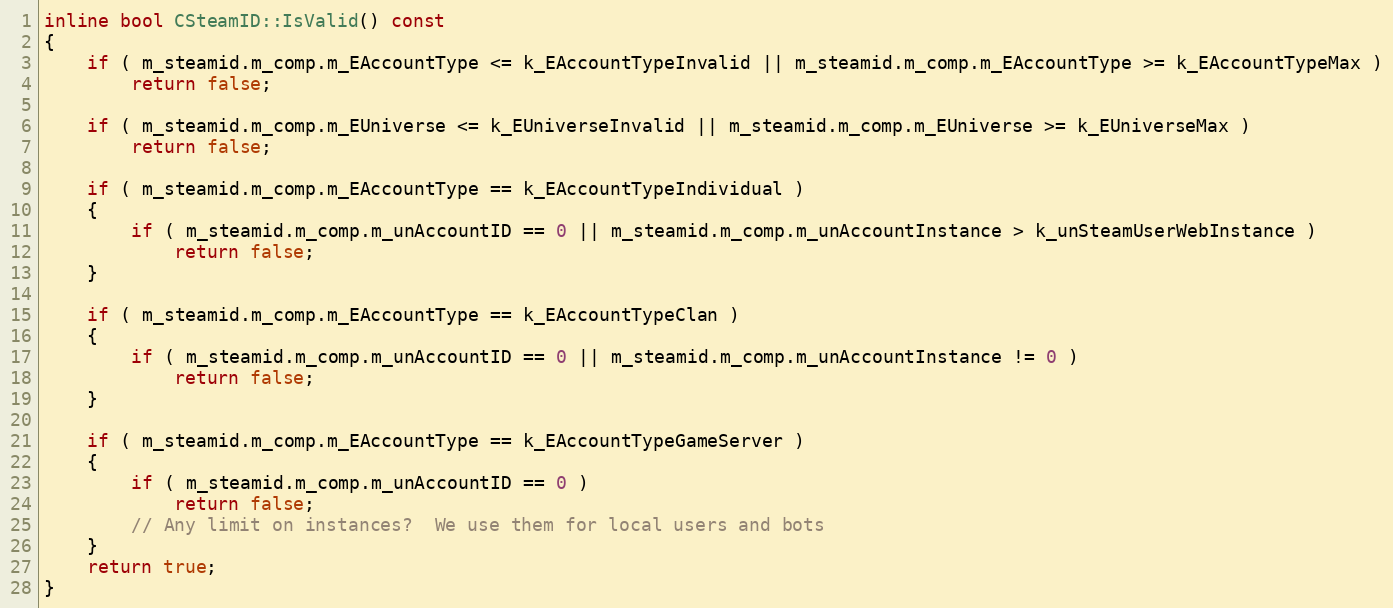
Language: C
inline bool CSteamID::IsValid() const
{
	if ( m_steamid.m_comp.m_EAccountType <= k_EAccountTypeInvalid || m_steamid.m_comp.m_EAccountType >= k_EAccountTypeMax )
		return false;

	if ( m_steamid.m_comp.m_EUniverse <= k_EUniverseInvalid || m_steamid.m_comp.m_EUniverse >= k_EUniverseMax )
		return false;

	if ( m_steamid.m_comp.m_EAccountType == k_EAccountTypeIndividual )
	{
		if ( m_steamid.m_comp.m_unAccountID == 0 || m_steamid.m_comp.m_unAccountInstance > k_unSteamUserWebInstance )
			return false;
	}

	if ( m_steamid.m_comp.m_EAccountType == k_EAccountTypeClan )
	{
		if ( m_steamid.m_comp.m_unAccountID == 0 || m_steamid.m_comp.m_unAccountInstance != 0 )
			return false;
	}

	if ( m_steamid.m_comp.m_EAccountType == k_EAccountTypeGameServer )
	{
		if ( m_steamid.m_comp.m_unAccountID == 0 )
			return false;
		// Any limit on instances?  We use them for local users and bots
	}
	return true;
}